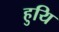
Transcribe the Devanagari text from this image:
हुयि